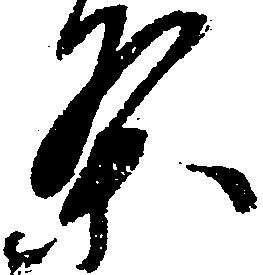
条